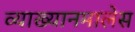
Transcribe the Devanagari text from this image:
व्याख्यानमालेस